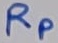
Text: RP